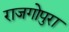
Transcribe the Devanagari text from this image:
राजगोपुरा